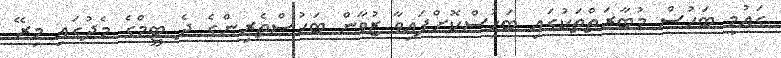
ގައުމީ ބަހުސް މުބާރަތްތަކުގައި ބަހުސްކޮށްފައިވާ ޒުވާން ބަހުސްތެރިންގެ ދެ ޓީމްގެ މެދުގައި މިރޭ